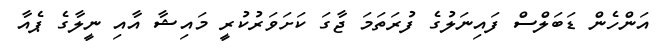
އަންހެން ޑަބަލްސް ފައިނަލުގެ ފުރަތަމަ ޖާގަ ކަށަވަރުކުރީ މައިޝާ އާއި ނީލާގެ ޕެއާ